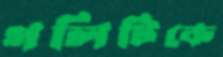
গলিটিকে